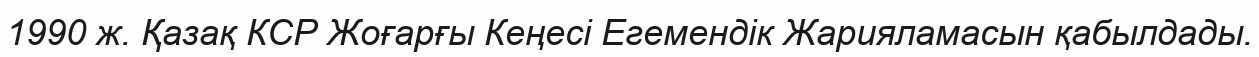
1990 ж. Қазақ КСР Жоғарғы Кеңесі Егемендік Жарияламасын қабылдады.